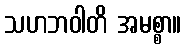
သဟဘဝါတိ အမစ္စာ။